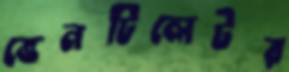
ভেনটিলেটর